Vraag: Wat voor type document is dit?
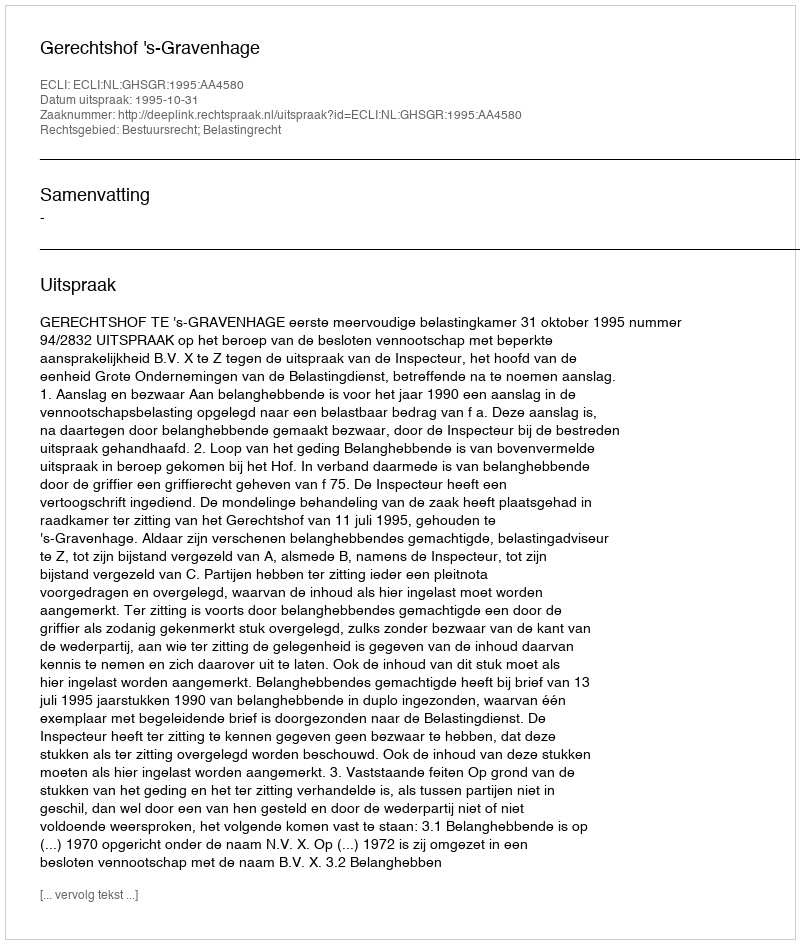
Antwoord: Uitspraak